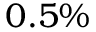
0 . 5 \%